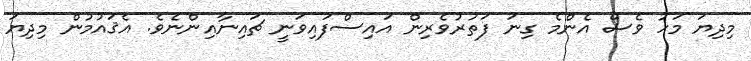
މިދިޔަ މަހު ވެސް އެންމެ ގިނަ ފަތުރުވެރިން އައިސްފައިވަނީ ޗައިނާއިންނެވެ. އެޤައުމުން މިދިޔަ